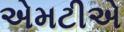
એમટીએ